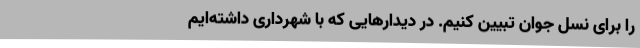
را برای نسل جوان تبیین کنیم. در دیدارهایی که با شهرداری داشته‌ایم